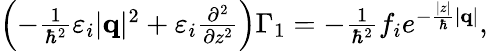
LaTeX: \begin{array}{r}{\left(-\frac{1}{\hbar^{2}}\varepsilon_{i}|\mathbf{q}|^{2}+\varepsilon_{i}\frac{\partial^{2}}{\partial z^{2}}\right)\Gamma_{1}=-\frac{1}{\hbar^{2}}f_{i}e^{-\frac{|z|}{\hbar}|\mathbf{q}|},}\end{array}